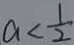
a < \frac { 1 } { 2 }